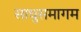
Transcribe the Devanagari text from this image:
साधुसमागम